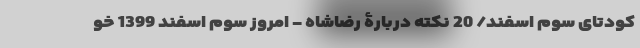
کودتای سوم اسفند/ 20 نکته دربارۀ رضاشاه - امروز سوم اسفند 1399 خو